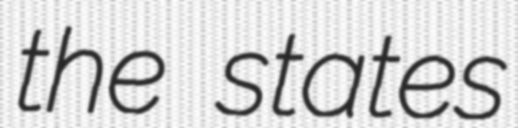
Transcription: the states